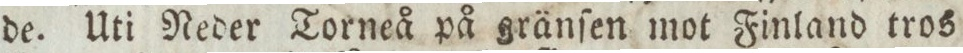
de. Uti Neder Torneå på gränſen mot Finland tros